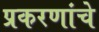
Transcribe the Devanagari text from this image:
प्रकरणांचे